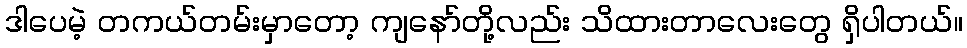
ဒါပေမဲ့ တကယ်တမ်းမှာတော့ ကျနော်တို့လည်း သိထားတာလေးတွေ ရှိပါတယ်။